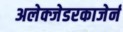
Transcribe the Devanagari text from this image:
अलेक्जेडरकाजेर्न